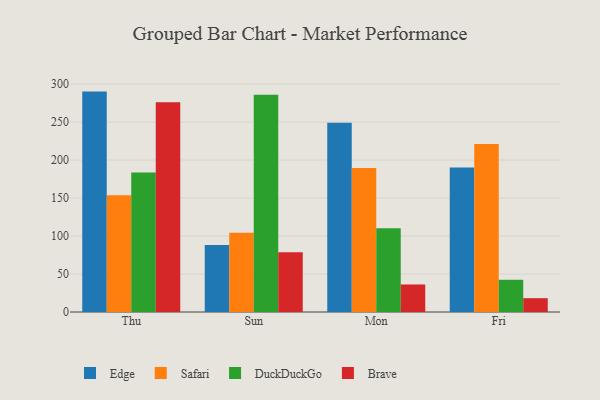
{"axis": {"x": "Day", "y": "Page Views"}, "legend": ["Brave", "DuckDuckGo", "Edge", "Safari"], "data": [{"x": "Thu", "y": 290.0, "type": "Edge"}, {"x": "Thu", "y": 153.7, "type": "Safari"}, {"x": "Thu", "y": 183.4, "type": "DuckDuckGo"}, {"x": "Thu", "y": 276.0, "type": "Brave"}, {"x": "Sun", "y": 88.1, "type": "Edge"}, {"x": "Sun", "y": 104.4, "type": "Safari"}, {"x": "Sun", "y": 285.9, "type": "DuckDuckGo"}, {"x": "Sun", "y": 78.5, "type": "Brave"}, {"x": "Mon", "y": 249.1, "type": "Edge"}, {"x": "Mon", "y": 189.5, "type": "Safari"}, {"x": "Mon", "y": 110.3, "type": "DuckDuckGo"}, {"x": "Mon", "y": 36.2, "type": "Brave"}, {"x": "Fri", "y": 190.1, "type": "Edge"}, {"x": "Fri", "y": 221.1, "type": "Safari"}, {"x": "Fri", "y": 42.4, "type": "DuckDuckGo"}, {"x": "Fri", "y": 18.2, "type": "Brave"}]}